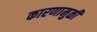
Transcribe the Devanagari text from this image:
कारणामुळीं